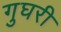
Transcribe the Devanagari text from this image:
गुघरी